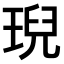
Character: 𤦤